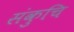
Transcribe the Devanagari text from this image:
संकुचि